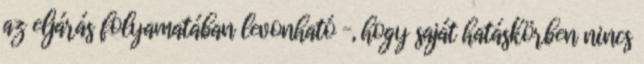
az eljárás folyamatában levonható –, hogy saját hatáskörben nincs